Vaccine operations Central Provinces & Berar 1922-1929 - 1922-1929
Year: 1922
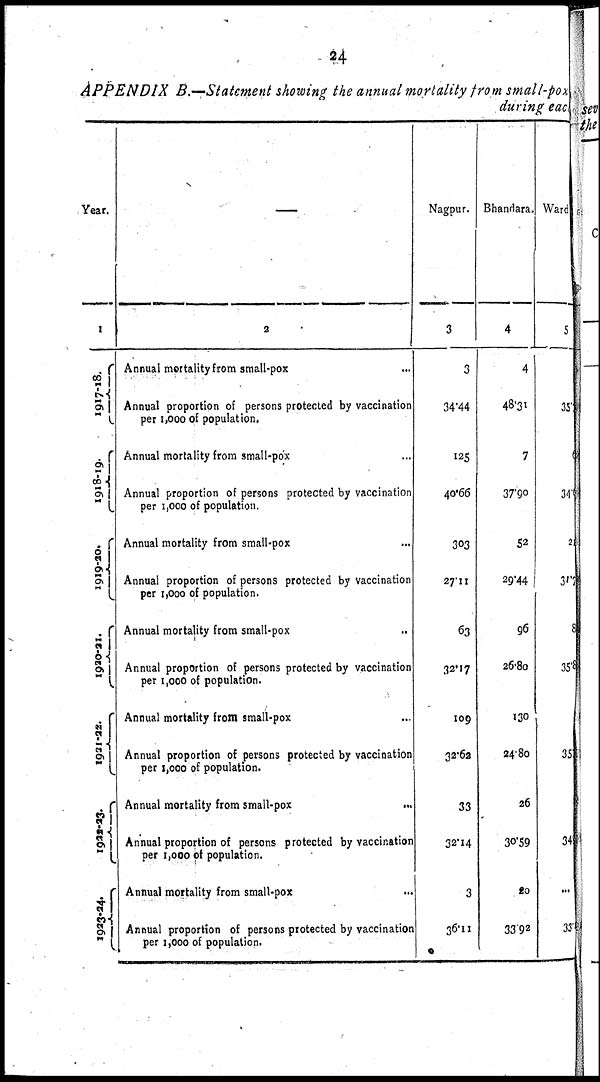
24
APPENDIX B.—Statement showing the annual mortality from small-pox
during each
Year.
1
1917-18.
1918-19.
1919-20.
1920-21.
1921-22.
1922-23.
1923-24.
—
2
Annual mortality from small-pox...
Annual proportion of persons protected by vaccination
per 1,000 of population.
Annual mortality from small-pox...
Annual proportion of persons protected by vaccination
per 1,000 of population.
Annual mortality from small-pox...
Annual proportion of persons protected by vaccination
per 1,000 of population.
Annual mortality from small-pox...
Annual proportion of persons protected by vaccination
per 1,000 of population.
Annual mortality from small-pox...
Annual proportion of persons protected by vaccination
per 1,000 of population.
Annual mortality from
small-pox...
Annual proportion of persons protected by vaccination
per 1,000 of population.
Annual mortality from small-pox...
Annual proportion of persons protected by vaccination
per 1,000 of population.
Nagpur.
3
3
34.44
125
40.66
303
27.11
63
32.17
109
02.62
33
32.14
3
36.11
Bhandara.
4
4
48.31
7
37.90
52
29.44
96
26.80
130
24.80
26
30.59
20
33.92
Ward
5
35
6
34
21
31.7
8
35.8
351
34
...
33